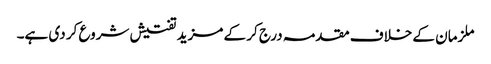
ملزمان کے خلاف مقدمہ درج کر کے مزید تفتیش شروع کر دی ہے۔